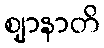
ဈာနာတိ